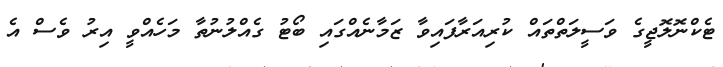
ޓެކްނޮލޮޖީގެ ވަސީލަތްތައް ކުރިއަރާފައިވާ ޒަމާނެއްގައި ބޯޓު ގެއްލުނުތާ މަހެއްވީ އިރު ވެސް އެ